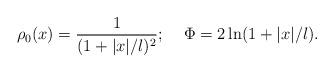
LaTeX: \begin{align*}\rho_0(x)={1 \over (1+|x|/l)^2}; \;\;\;\; \Phi=2\ln(1+|x|/l).\end{align*}